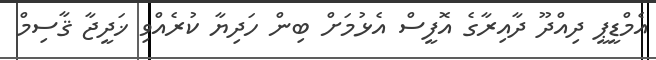
އެމްޑީޕީ ދިއްދޫ ދާއިރާގެ އޮފީސް އެޅުމަށް ބިން ހަދިޔާ ކުރެއްވި ޚަދީޖާ ޤާސިމް